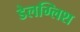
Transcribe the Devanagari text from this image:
डेलग्लिश